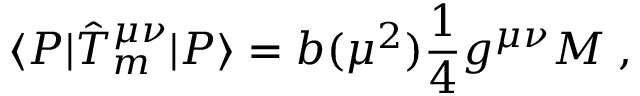
\langle P | \hat { T } _ { m } ^ { \mu \nu } | P \rangle = b ( \mu ^ { 2 } ) { \frac { 1 } { 4 } } g ^ { \mu \nu } M \; ,